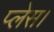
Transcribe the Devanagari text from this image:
प्‍लेस।